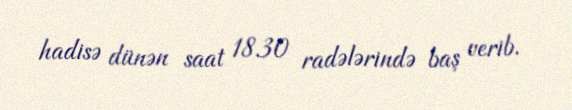
hadisə dünən saat 18.30 radələrində baş verib.